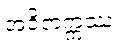
အဝိတက္ကဿ